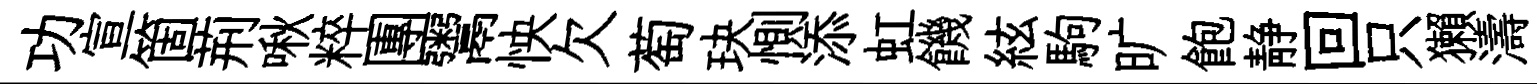
功宣箇荊啾粹團鬻怏欠萄玦惻添虹饑絃駒旷飽静回只獺濤